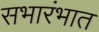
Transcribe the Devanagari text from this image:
सभारंभात